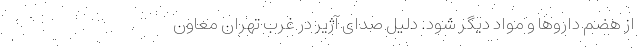
از هضم دارو‌ها و مواد دیگر شود. دلیل صدای آژیر در غرب تهران معاون